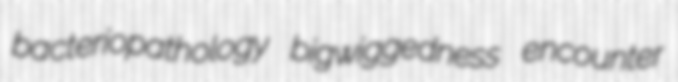
bacteriopathology bigwiggedness encounter